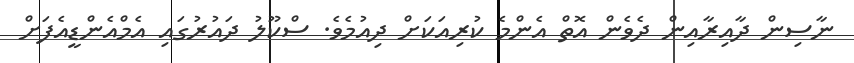
ނާސިން ދާއިރާއިން ދެވެން އޮތް އެންމެ ކުރިއަކަށް ދިއުމެވެ. ސްކޫލު ދައުރުގައި އެމްއެންޑީއެފަށް